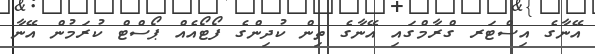
އޭނާގެ އިސްޓަރ ގްރާމްގައި އޭނާގެ ތިން ކުދިންގެ ފޯޓޯއެއް ޕޯސްޓް ކުރަމުން އޭނާ